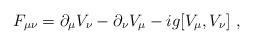
LaTeX: \begin{align*}F_{\mu\nu}=\partial_\mu V_\nu-\partial_\nu V_\mu - i g [ V_\mu ,V_\nu ] \ ,\end{align*}